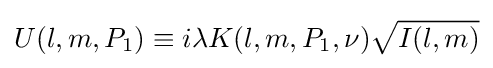
U(l,m,P_{1})\equiv i\lambda K(l,m,P_{1},\nu ){\sqrt {I(l,m)}}